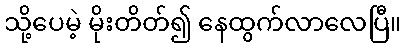
သို့ပေမဲ့ မိုးတိတ်၍ နေထွက်လာလေပြီ။